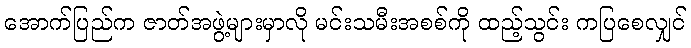
အောက်ပြည်က ဇာတ်အဖွဲ့များမှာလို မင်းသမီးအစစ်ကို ထည့်သွင်း ကပြစေလျှင်